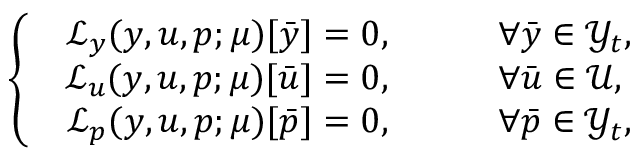
\left\{ \begin{array} { l l } { \begin{array} { r l } { \mathcal { L } _ { y } ( y , u , p ; \boldsymbol { \mu } ) [ \bar { y } ] = 0 , \qquad } & { \forall \bar { y } \in \mathcal { Y } _ { t } , } \\ { \mathcal { L } _ { u } ( y , u , p ; \boldsymbol { \mu } ) [ \bar { u } ] = 0 , \qquad } & { \forall \bar { u } \in \mathcal { U } , } \\ { \mathcal { L } _ { p } ( y , u , p ; \boldsymbol { \mu } ) [ \bar { p } ] = 0 , \qquad } & { \forall \bar { p } \in \mathcal { Y } _ { t } , } \end{array} } \end{array} \right.